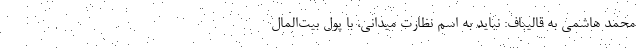
محمد هاشمی به قالیباف: نباید به اسم نظارت میدانی، با پول بیت‌المال